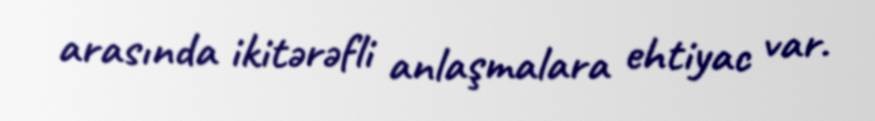
arasında ikitərəfli anlaşmalara ehtiyac var.